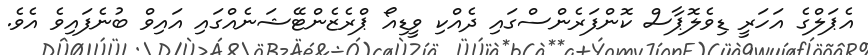
އެޕަލްގެ އަހަރީ ޑިވެލޮޕާސް ކޮންފަރެންސްގައި ދެއްކި ވީޑިއޯ ޕްރެޒެންޓޭޝަނެއްގައި އައިވް ބުނެފައިވެ އެވެ.